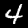
Label: 4